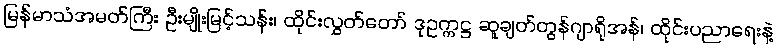
မြန်မာသံအမတ်ကြီး ဦးမျိုးမြင့်သန်း၊ ထိုင်းလွှတ်တော် ဒုဥက္ကဋ္ဌ ဆူချတ်တွန်ဂျာရိုအန်၊ ထိုင်းပညာရေးနဲ့